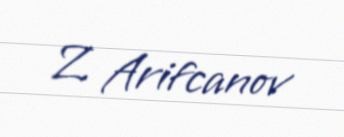
Z. Arifcanov